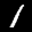
Label: 1